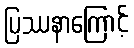
ပြဿနာကြောင့်